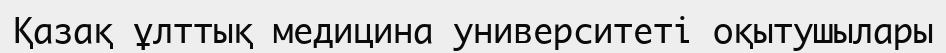
Қазақ ұлттық медицина университеті оқытушылары